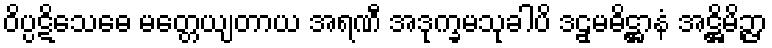
ဝိပ္ပဋိသေဓေ မတ္တေယျတာယ အရဏီ အဒုက္ခမသုခါပိ ဒဠှမဓိဋ္ဌာနံ အဋ္ဌိမိဉ္ဇာ